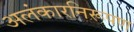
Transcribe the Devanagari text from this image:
अलंकारनिरूपण